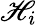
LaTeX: \mathscr{H}_{i}